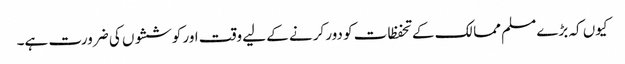
کیوں کہ بڑے مسلم ممالک کے تحفظات کو دور کرنے کے لیے وقت اور کوششوں کی ضرورت ہے۔